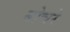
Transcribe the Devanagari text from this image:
बोचरे